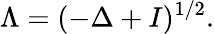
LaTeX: \Lambda=(-\Delta+I)^{1/2}.